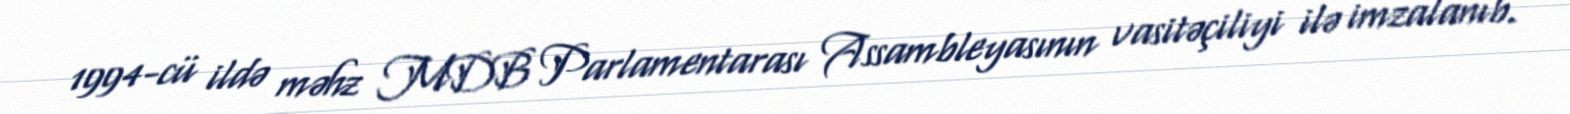
1994-cü ildə məhz MDB Parlamentarası Assambleyasının vasitəçiliyi ilə imzalanıb.